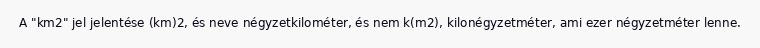
A "km2" jel jelentése (km)2, és neve négyzetkilométer, és nem k(m2), kilonégyzetméter, ami ezer négyzetméter lenne.